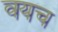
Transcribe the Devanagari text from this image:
वयच